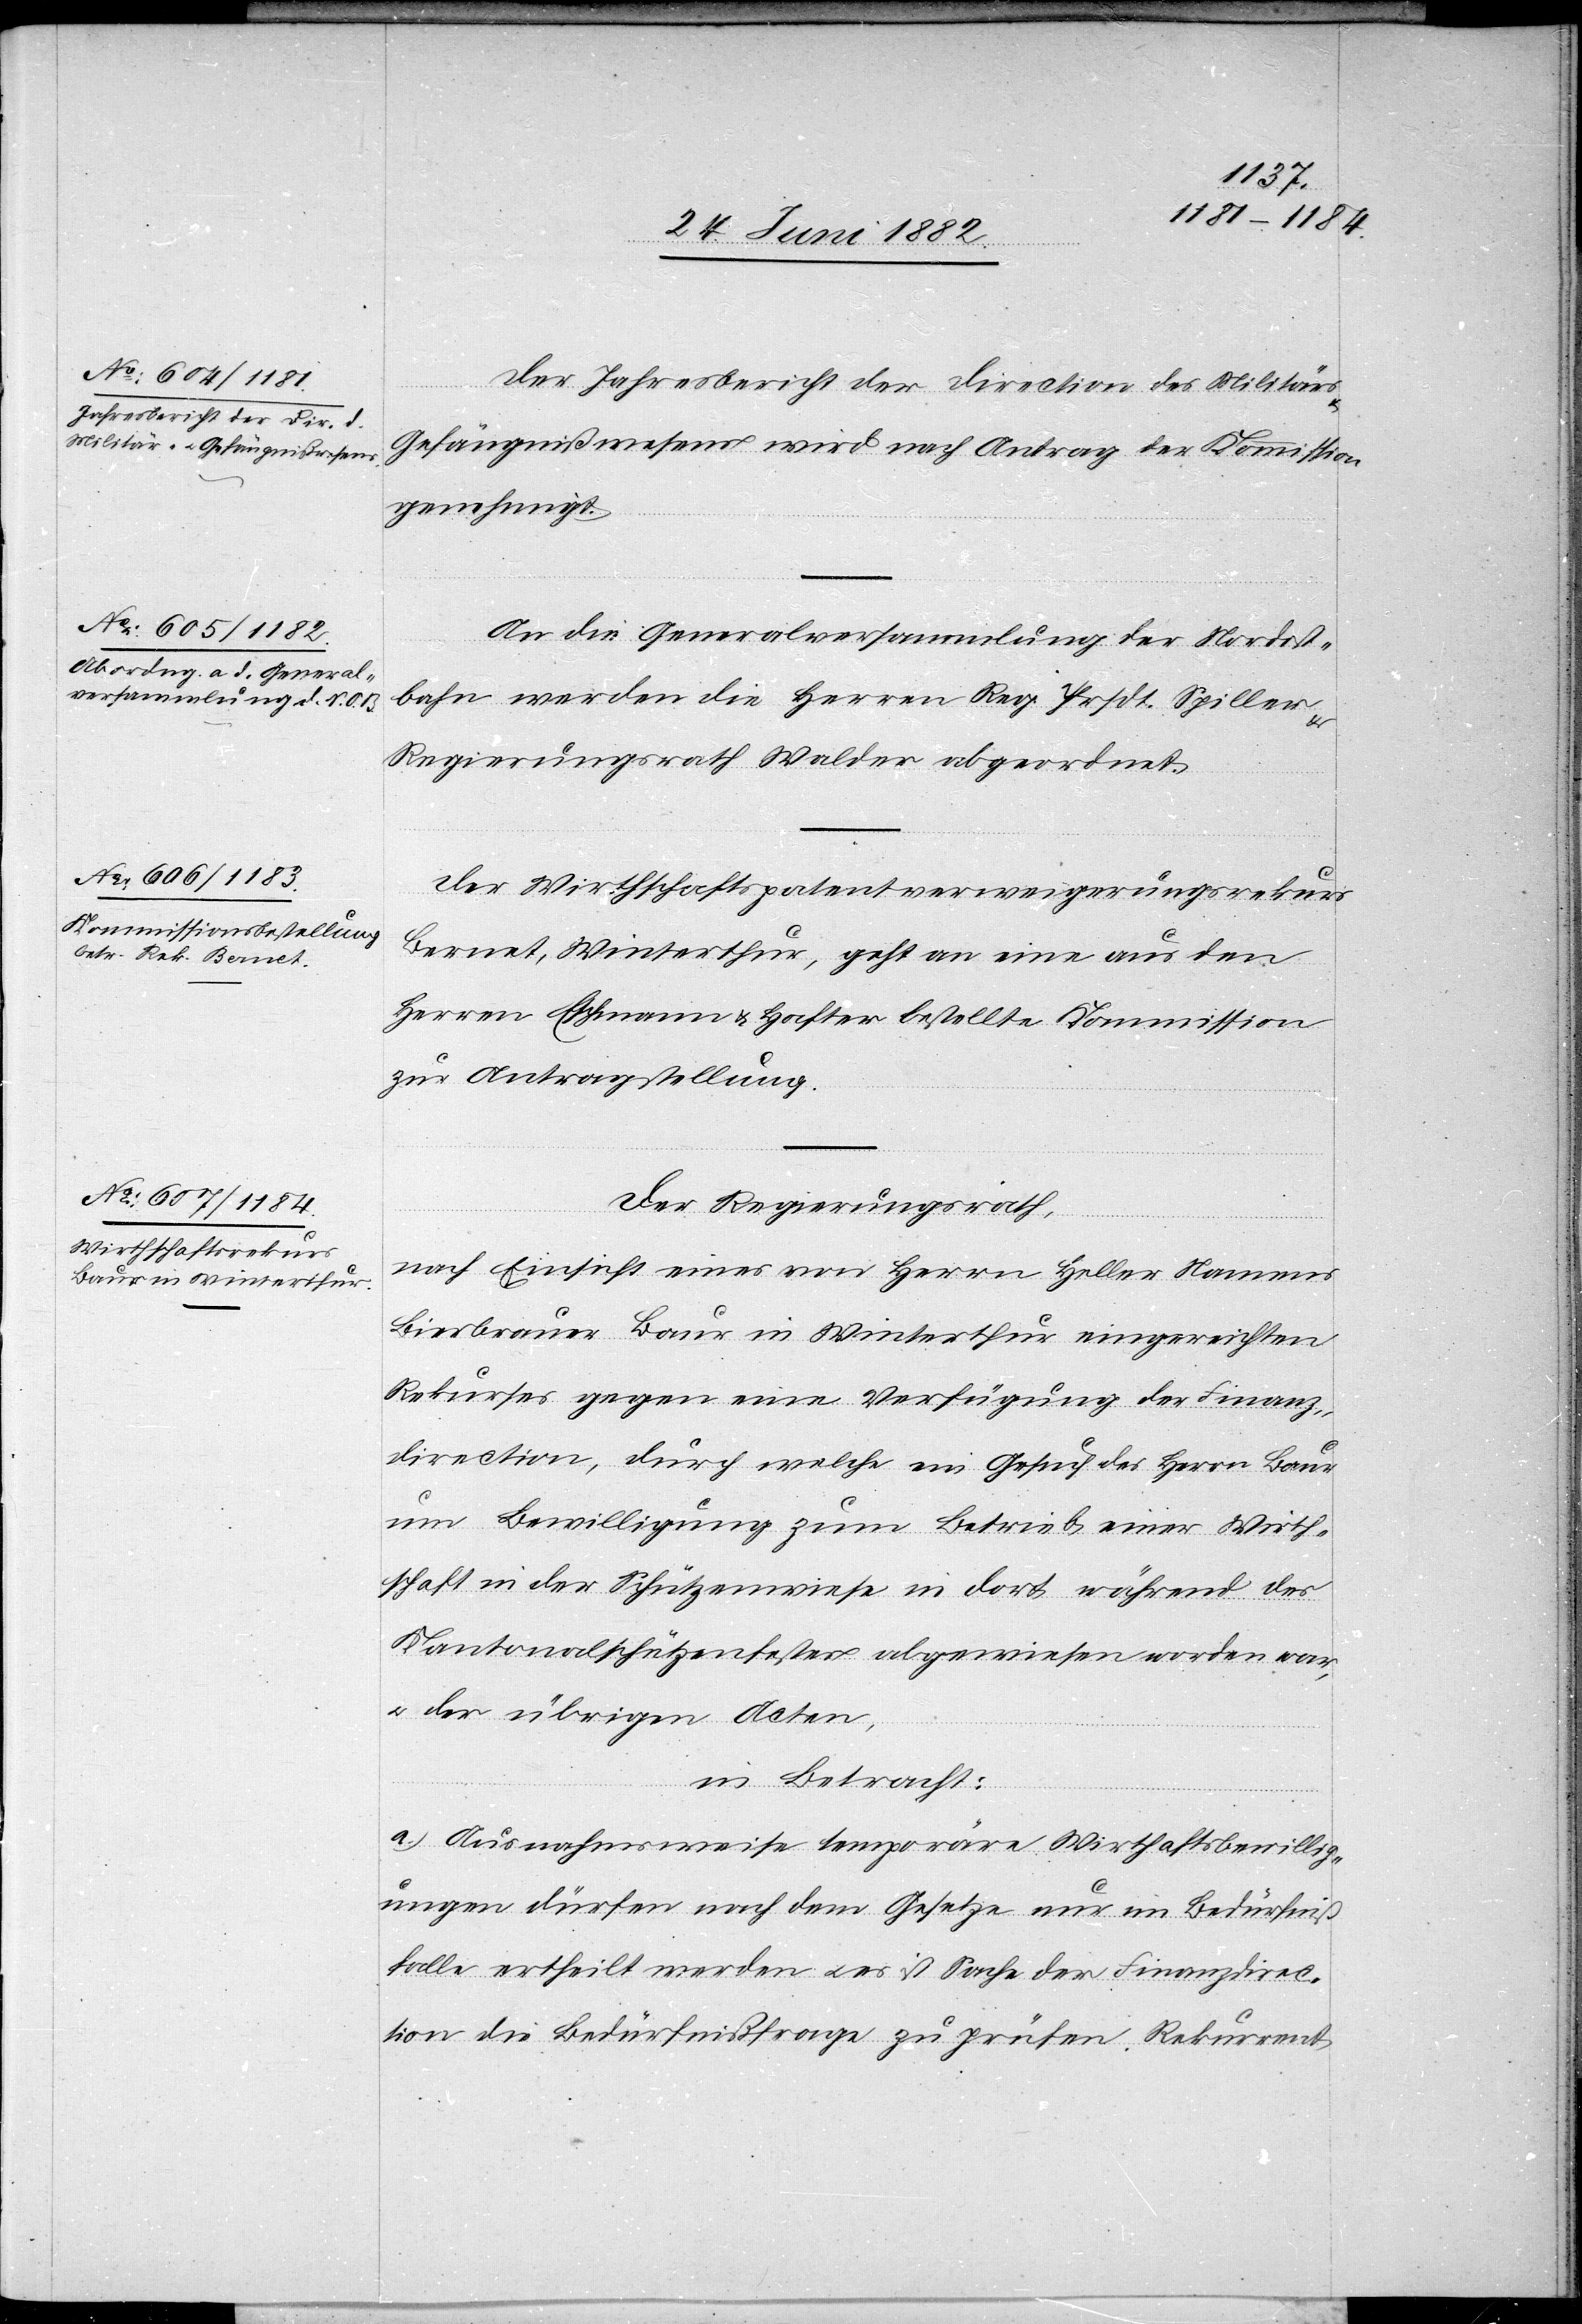
Der Jahresbericht der Direction des Militärs
Gefängnißwesens wird nach Antrag der Kommission
genehmigt.
An die Generalversammlung der Nordost¬
bahn werden die Herren Reg. Prsdt. Spiller
Regierungsrath Walder abgeordnet.
Der Wirthschaftspatentverweigerungsrekurs
Bernet, Winterthur, geht an eine aus den
Herren Eschmann & Hafter bestellte Kommission
zur Antragstellung.
Der Regierungsrath,
nach Einsicht eines von Herrn Heller Namens
Bierbrauer Baur in Winterthur eingereichten
Rekurses gegen eine Verfügung der Finanz¬
direction, durch welche ein Gesuch des Herrn Baur
um Bewilligung zum Betrieb einer Wirth¬
schaft in der Schützenwiese in dort während des
Kantonalschützenfestes abgewiesen worden war,
u. der übrigen Acten,
in Betracht:
a. Ausnahmsweise temporäre Wirthschaftsbewillig¬
ungen dürfen nach dem Gesetze nur im Bedürfniß¬
falle ertheilt werden u. es ist Sache der Finanzdirec¬
tion die Bedürfnißfrage zu prüfen. Rekurrent